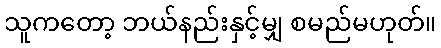
သူကတော့ ဘယ်နည်းနှင့်မျှ စမည်မဟုတ်။